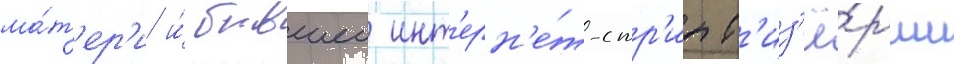
ма́т'ер'и и́ бывшеи инт'ерн'е́т-стр'ипт'из'ё́рши